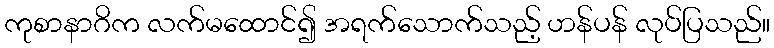
ကုစာနာဂိက လက်မထောင်၍ အရက်သောက်သည့် ဟန်ပန် လုပ်ပြသည်။